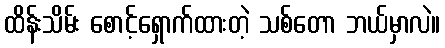
ထိန်းသိမ်း စောင့်ရှောက်ထားတဲ့ သစ်တော ဘယ်မှာလဲ။